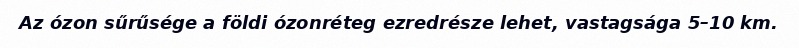
Az ózon sűrűsége a földi ózonréteg ezredrésze lehet, vastagsága 5–10 km.